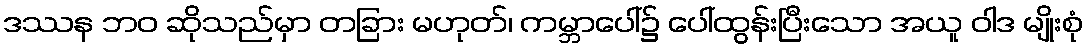
ဒဿန ဘဝ ဆိုသည်မှာ တခြား မဟုတ်၊ ကမ္ဘာပေါ်၌ ပေါ်ထွန်းပြီးသော အယူ ဝါဒ မျိုးစုံ